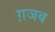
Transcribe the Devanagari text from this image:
ग़जब